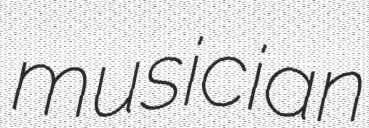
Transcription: musician